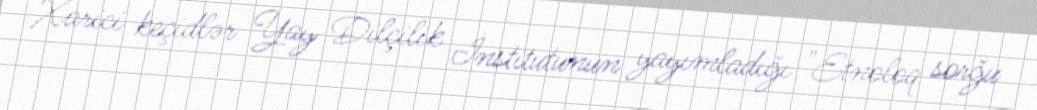
Xarici keçidlər Yay Dilçilik İnstitutunun yayımladığı "Etnoloq sorğu